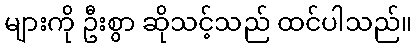
များကို ဦးစွာ ဆိုသင့်သည် ထင်ပါသည်။